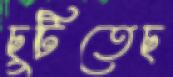
ছুটিতেছ